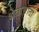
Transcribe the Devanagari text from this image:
शेतासाठी